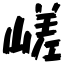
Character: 嵯